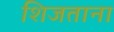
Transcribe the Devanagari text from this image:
शिजताना